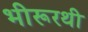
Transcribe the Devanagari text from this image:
भीरूरथी